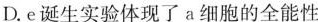
D.e诞生实验体现了a细胞的全能性